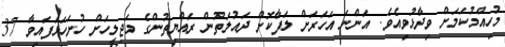
މުހިއްމުކަމަށް ވިދާޅުވިއެވެ. އަންނަ އަހަރަށް ލަފާކޮށް ދައުލަތުން ރައްޔިތުންގެ މަޖިލީހަށް ހުށަހަޅަފައިވާ 37